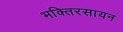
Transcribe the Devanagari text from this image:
भक्तिरसायन